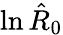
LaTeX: \ln\hat{R}_{0}